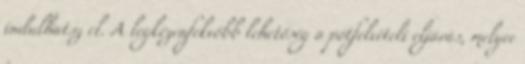
indulhatsz el. A legkézenfekvőbb lehetőség a pótfelvételi eljárás, melyre